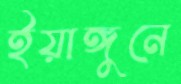
ইয়াঙ্গুনে